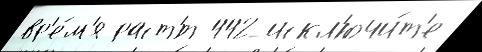
вр'е́м'я раст'́т 442 искл'ючи́т'е